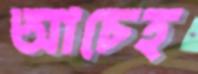
আচেহ